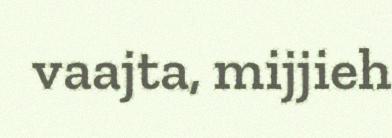
vaajta, mijjieh